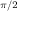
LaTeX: \scriptstyle { \pi / 2 }